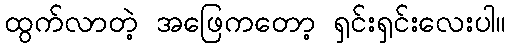
ထွက်လာတဲ့ အဖြေကတော့ ရှင်းရှင်းလေးပါ။